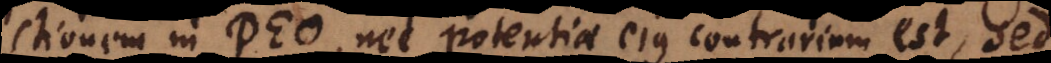
ctionem in Deo, nec potentiae ejus contrarium est, sed